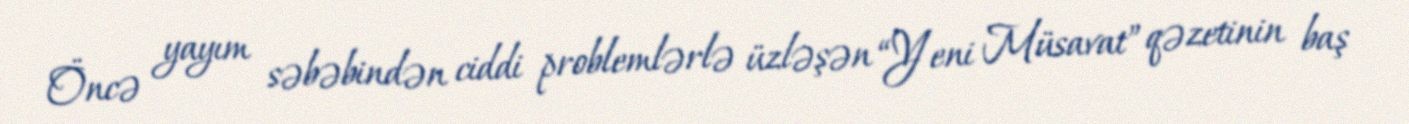
Öncə yayım səbəbindən ciddi problemlərlə üzləşən “Yeni Müsavat” qəzetinin baş